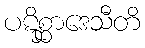
ပဋိစ္ဆာဒေသီတိ